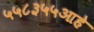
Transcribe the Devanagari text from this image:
५५८३५५आहे